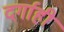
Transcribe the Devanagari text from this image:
दर्गाही